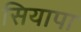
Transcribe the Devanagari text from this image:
सियापा